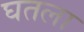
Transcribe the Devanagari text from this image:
घतला